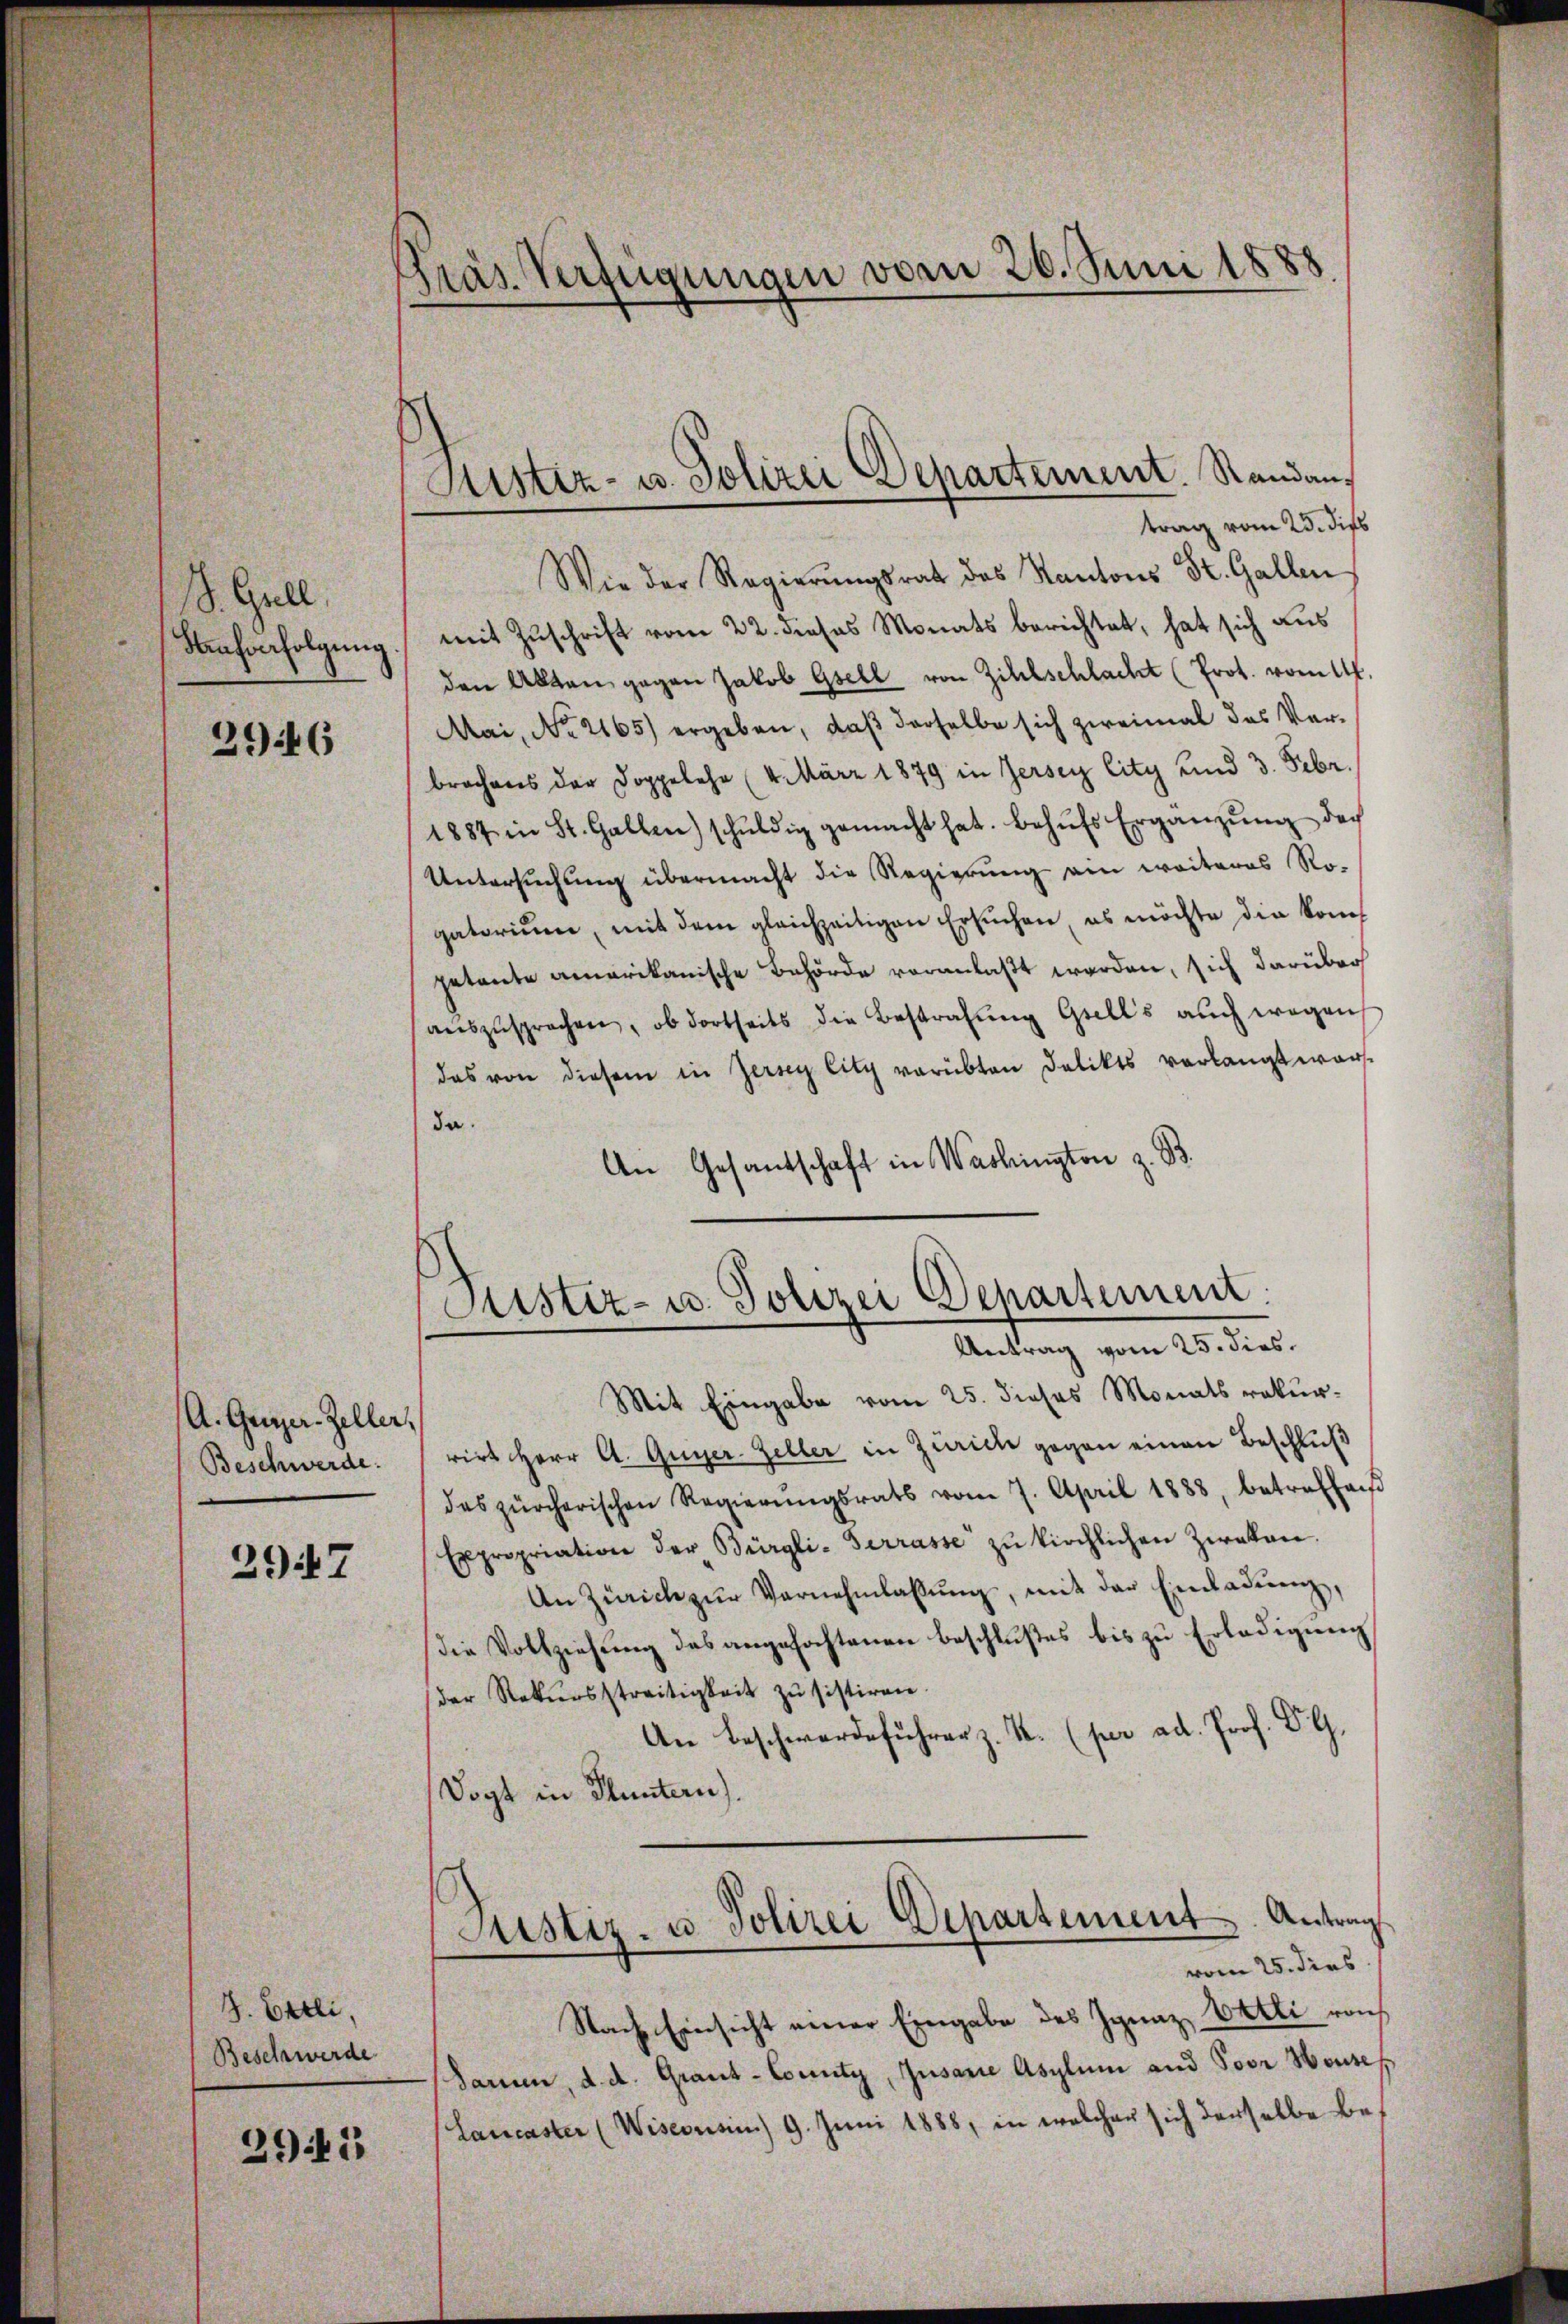
8. Grell.
Kaufverfolgung

2946

A. Gener-Zeller,
Beschwerde.

2947

J. Ettli,
Beschwerde

2941

Pras Verfügungen vom 26. Juni 1888.

Sistiz- u. Polizei Departement. Standans
trag vom 25. dies

Wie der Regierŭngsrat des Kantons St. Gallen
mit Zuschrift vom 22. dieses Monats berichtet, hat sich aus
den Akten gegen Jakob Gsell von Zihlschlacht (Prot. vom 14.
Mai, No 2165) ergeben, daβ derselbe sich zweimal das Verbrochens der Doppelehr (4. März 1879 in Zersey lity und 3. Febr.
1887 in St. Gallen) schŭldig gemacht hat. Behŭfs Ergänzŭng der
Untersuchung übermacht die Regierung ein weiteres Ro-
gatorium, mit dem gleichzeitigen Ersuchen es möchte die kompetente amerikanische Behörde veranlaßt worden, sich darüber
auszusprechen, ob dortseits die Bestrafung Gsells auch wegen
das von diesem in Zersey litz verübten Delikts verlangt wärst
da.
An Gesandschaft in Washington z. B.

Justiz- u. Polizei Departement.
Antrag vom 25. dies

Mit Eingabe vom 25. dieses Monats rekurrirt Herr A. Guyer-Zeller in Zürich gegen einen Beschluß
des zürcherischen Regierŭngsrats vom 7. April 1888, betreffen
Expropriation der Bürgli-Serrasse zŭ kirchlichen Zwakan.
An Zürich zŭr Vernehmlassŭng, mit der Einladung,
Die Vollziehung des angefochtenen Beschlußes bis zu Erledigung
der Rekŭrsstreitigkeit zŭ sistiren.
An beschwerdeführer z. R. (per ad Prof. BG.
Vogt in Stuntern).
Justiz- u. Polizei Departement. Antrag
vom 25. dies
Nach Einsicht einer Eingabe des Ignaz, Wetli roch
Paren, d. d. Graut-County, Jusare Asylum und Poor Nousef
Laucaster (Wiseousin) 9. Juni 1888, in welcher sich derselbe bes